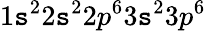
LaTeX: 1\mathtt{s}^{2}2\mathtt{s}^{2}2p^{6}3\mathtt{s}^{2}3p^{6}